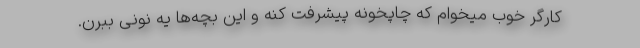
کارگر خوب میخوام که چاپخونه پیشرفت کنه و این بچه‌ها یه نونی ببرن.